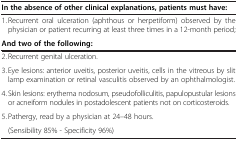
| In the absence of other clinical explanations, patients must have: |  |
 | --- | --- |
 | 1. Recurrent oral ulceration (aphthous or herpetiform) observed by the physician or patient recurring at least three times in a 12-month period; |  |
 | And two of the following: |  |
 | 2. Recurrent genital ulceration. |  |
 | 3. Eye lesions: anterior uveitis, posterior uveitis, cells in the vitreous by slit lamp examination or retinal vasculitis observed by an ophthalmologist. |  |
 | 4. Skin lesions: erythema nodosum, pseudofolliculitis, papulopustular lesions or acneiform nodules in postadolescent patients not on corticosteroids. |  |
 | 5. Pathergy, read by a physician at 24–48 hours. |  |
 | (Sensibility 85% - Specificity 96%) |  |